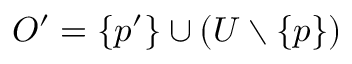
O ^ { \prime } = \{ p ^ { \prime } \} \cup ( U \setminus \{ p \} )